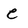
Character: e